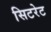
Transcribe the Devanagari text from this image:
सिटरेट